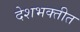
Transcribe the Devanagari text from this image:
देशभक्तीत